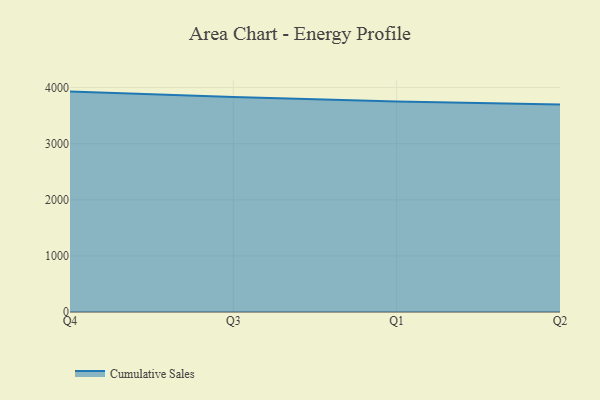
{"axis": {"x": "Quarter", "y": "Latency (ms)"}, "legend": ["Cumulative Sales"], "data": [{"x": "Q4", "y": 3928.4, "type": "Cumulative Sales"}, {"x": "Q3", "y": 3832.1, "type": "Cumulative Sales"}, {"x": "Q1", "y": 3752.8, "type": "Cumulative Sales"}, {"x": "Q2", "y": 3696.7, "type": "Cumulative Sales"}]}